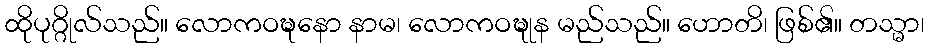
ထိုပုဂ္ဂိုလ်သည်။ လောကဝဍ္ဎနော နာမ၊ လောကဝဍ္ဎုန မည်သည်။ ဟောတိ၊ ဖြစ်၏။ တသ္မာ၊